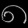
Digit: ၈